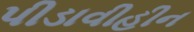
પીડાવીહીન